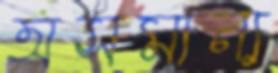
অসমান্য